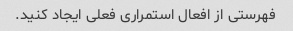
فهرستی از افعال استمراری فعلی ایجاد کنید.